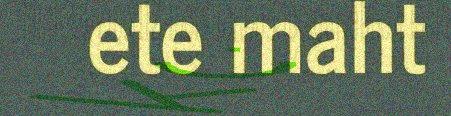
ete maht